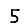
Digit: 5